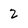
Character: 2